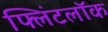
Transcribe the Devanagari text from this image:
फ्लिंटलॉक